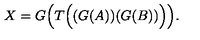
X = G \Big ( T \Big ( ( G ( A ) ) ( G ( B ) ) \Big ) \Big ) .